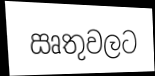
ඍතුවලට